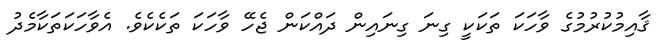
ޤާއިމުކުރުމުގެ ވާހަކަ ތަކަކީ ގިނަ ގިނައިން ދައްކަން ޖެހޭ ވާހަކަ ތަކެކެވެ. އެވާހަކަތަކާމެދު